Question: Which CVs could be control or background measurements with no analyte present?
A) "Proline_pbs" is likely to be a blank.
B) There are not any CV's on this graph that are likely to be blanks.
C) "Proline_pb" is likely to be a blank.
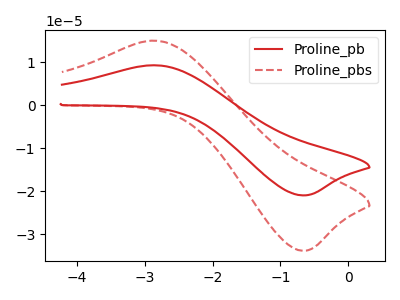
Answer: <think>The red curve "Proline_pb" has an anodic peak at (-2.90V, 9.30uA) and a cathodic peak at (-0.70V, -20.95uA). The red dashed curve "Proline_pbs" has an anodic peak at (-2.90V, 15.00uA) and a cathodic peak at (-0.70V, -33.80uA).</think>
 <answer>B) There are not any CV's on this graph that are likely to be blanks.</answer>
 <eval>B</eval>